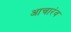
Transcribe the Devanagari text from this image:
आचारंव